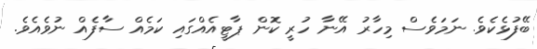
ބޭފުޅެކެވެ. ނަމަވެސް މިހާރު އޭނާ ހުރީ ކޮން ޕާޓީއެއްގައި ކަމެއް ސާފެއް ނުވެއެވެ.